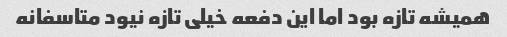
همیشه تازه بود اما این دفعه خیلی تازه نیود متاسفانه